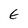
Character: E